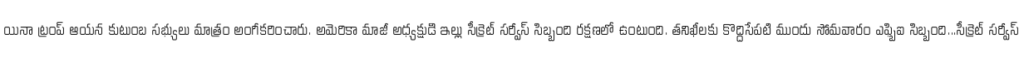
యినా ట్రంప్ ఆయన కుటుంబ సభ్యులు మాత్రం అంగీకరించారు. అమెరికా మాజీ అధ్యక్షుడి ఇల్లు సీక్రెట్ సర్వీస్ సిబ్బంది రక్షణలో ఉంటుంది. తనిఖీలకు కొద్దిసేపటి ముందు సోమవారం ఎఫ్బిఐ సిబ్బంది...సీక్రెట్ సర్వీస్